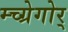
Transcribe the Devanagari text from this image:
म्च्ग्रेगोर्